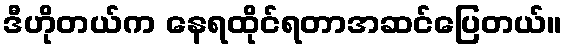
ဒီဟိုတယ်က နေရထိုင်ရတာအဆင်ပြေတယ်။